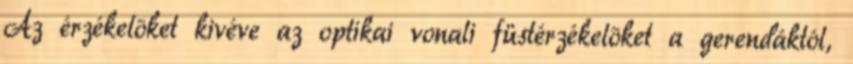
Az érzékelõket kivéve az optikai vonali füstérzékelõket a gerendáktól,